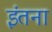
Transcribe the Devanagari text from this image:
इंतना